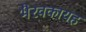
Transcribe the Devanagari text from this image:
भैरवकायह